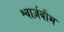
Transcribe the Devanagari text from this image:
श्वार्ज़बौम